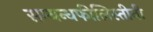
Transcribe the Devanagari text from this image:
सम्बन्धफीलिस्तीनी